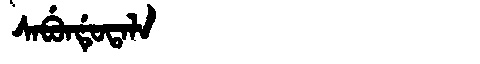
Manchu: ᠰᠠᠪᡠᠨᡩᡠᡨᠠᠯᠠ
Romanization: SABUNDUTALA